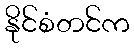
နိုင်စံတင်က